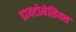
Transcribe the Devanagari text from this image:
डायटोमेसियस